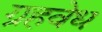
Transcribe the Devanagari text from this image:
ग्रहवेध